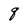
Character: q